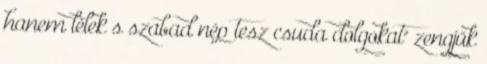
hanem lélek s szabad nép tesz csuda dolgokat" zengjük